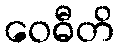
ဝေဓီတိ